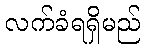
လက်ခံရရှိမည်